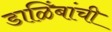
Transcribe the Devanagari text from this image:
डाळिंबांची